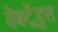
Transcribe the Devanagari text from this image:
वेबट्रेंड्स